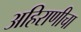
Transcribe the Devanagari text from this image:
अहिराणीचा